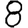
Digit: 8